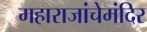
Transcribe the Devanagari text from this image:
महाराजांचेमंदिर